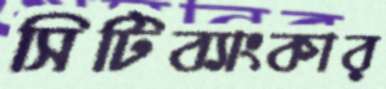
সিটিব্যাংকার